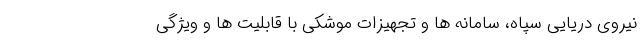
نیروی دریایی سپاه، سامانه ها و تجهیزات موشکی با قابلیت ها و ویژگی